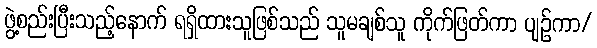
ဖွဲ့စည်းပြီးသည့်နောက် ရရှိထားသူဖြစ်သည် သူမချစ်သူ ကိုက်ဖြတ်ကာ ပျဉ်ကာ/